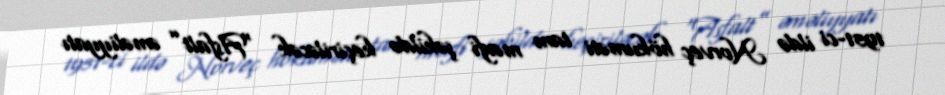
1951-ci ildə Norveç hökuməti tam məxfi şəkildə keçiriləcək “Asfalt” əməliyyatı